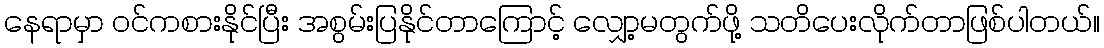
နေရာမှာ ဝင်ကစားနိုင်ပြီး အစွမ်းပြနိုင်တာကြောင့် လျှော့မတွက်ဖို့ သတိပေးလိုက်တာဖြစ်ပါတယ်။